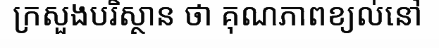
ក្រសួងបរិស្ថាន ថា គុណភាពខ្យល់នៅ